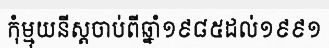
កុំម្មុយនីស្តចាប់ពីឆ្នាំ១៩៨៥ដល់១៩៩១